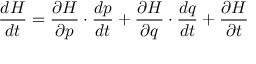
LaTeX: { \frac { d H } { d t } } = { \frac { \partial H } { \partial { \boldsymbol { p } } } } \cdot { \frac { d { \boldsymbol { p } } } { d t } } + { \frac { \partial H } { \partial { \boldsymbol { q } } } } \cdot { \frac { d { \boldsymbol { q } } } { d t } } + { \frac { \partial H } { \partial t } }